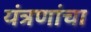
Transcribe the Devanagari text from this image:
यंत्रणांचा